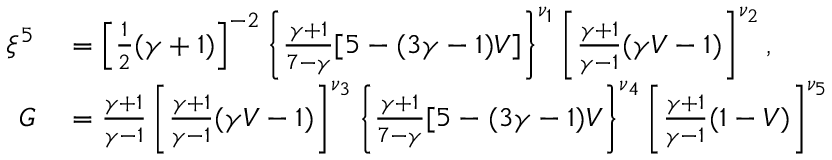
\begin{array} { r l } { \xi ^ { 5 } } & { { } = \left[ { \frac { 1 } { 2 } } ( \gamma + 1 ) \right] ^ { - 2 } \left\{ { \frac { \gamma + 1 } { 7 - \gamma } } [ 5 - ( 3 \gamma - 1 ) V ] \right\} ^ { \nu _ { 1 } } \left[ { \frac { \gamma + 1 } { \gamma - 1 } } ( \gamma V - 1 ) \right] ^ { \nu _ { 2 } } , } \\ { G } & { { } = { \frac { \gamma + 1 } { \gamma - 1 } } \left[ { \frac { \gamma + 1 } { \gamma - 1 } } ( \gamma V - 1 ) \right] ^ { \nu _ { 3 } } \left\{ { \frac { \gamma + 1 } { 7 - \gamma } } [ 5 - ( 3 \gamma - 1 ) V \right\} ^ { \nu _ { 4 } } \left[ { \frac { \gamma + 1 } { \gamma - 1 } } ( 1 - V ) \right] ^ { \nu _ { 5 } } } \end{array}